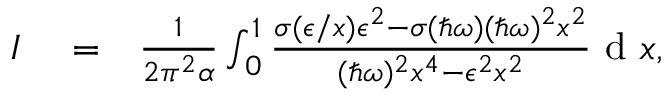
\begin{array} { r l r } { I } & { { } = } & { \frac { 1 } { 2 \pi ^ { 2 } \alpha } \int _ { 0 } ^ { 1 } \frac { \sigma ( \epsilon / x ) \epsilon ^ { 2 } - \sigma ( \hbar \omega ) ( \hbar \omega ) ^ { 2 } x ^ { 2 } } { ( \hbar \omega ) ^ { 2 } x ^ { 4 } - \epsilon ^ { 2 } x ^ { 2 } } \textrm { d } x , } \end{array}